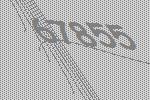
67855